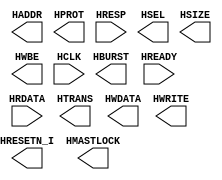
`timescale 1ns/1ps
`celldefine
//
// SOC_FPGA_INTF_AHB_S simulation model
// SOC interface connection AHB Slave
//
// Copyright (c) 2023 Rapid Silicon, Inc.  All rights reserved.
//

module SOC_FPGA_INTF_AHB_S (
  output HRESETN_I, // None
  output [31:0] HADDR, // None
  output [2:0] HBURST, // None
  output HMASTLOCK, // None
  input HREADY, // None
  output [3:0] HPROT, // None
  input [31:0] HRDATA, // None
  input HRESP, // None
  output HSEL, // None
  output [2:0] HSIZE, // None
  output [1:0] HTRANS, // None
  output [3:0] HWBE, // None
  output [31:0] HWDATA, // None
  output HWRITE, // None
  input HCLK // None
);

endmodule
`endcelldefine